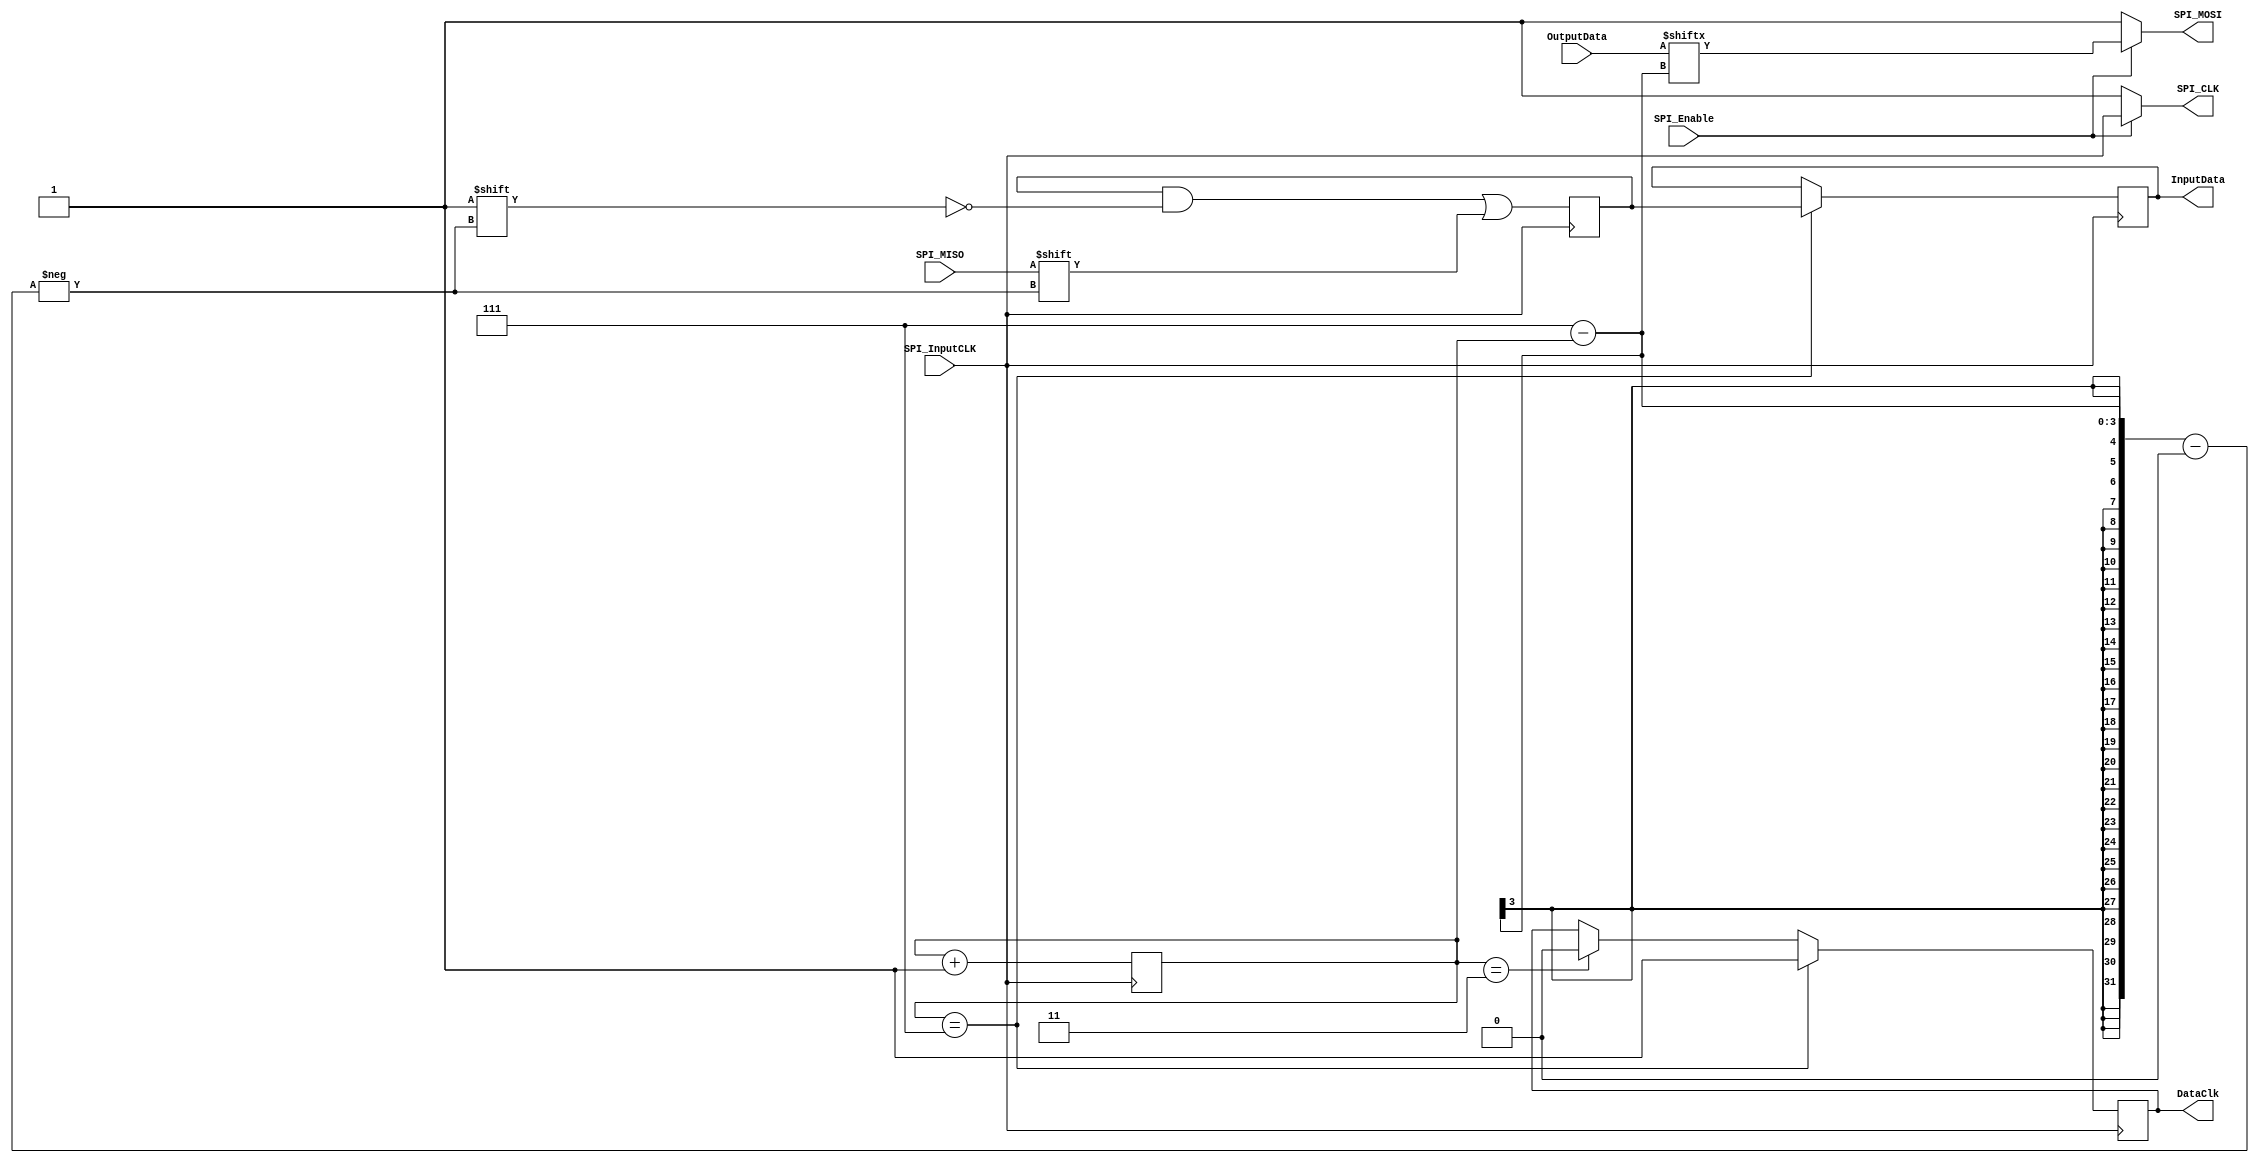
module FullSPI(
    output reg  [7:0] InputData,
    output reg        DataClk,    
    output wire       SPI_MOSI,
    output wire       SPI_CLK,
    input  wire [7:0] OutputData,
    input  wire       SPI_MISO,
    input  wire       SPI_InputCLK,
    input  wire       SPI_Enable
    );

    reg [2:0] count;
    reg [7:0] Data;

    initial begin 
        count=7; 
        DataClk=0;
    end

    always@(negedge SPI_InputCLK) begin
        
        if (count==7) begin   
            DataClk<=1;
            InputData<=Data;                        
        end else if (count==3) begin     
            DataClk<=0;
        end       

        count<=count+1;
        
    end

    always@(posedge SPI_InputCLK)begin

        Data[7-count]<=SPI_MISO;   
    end

    assign SPI_MOSI=(SPI_Enable)? OutputData[7-count]: 1;
    assign SPI_CLK=(SPI_Enable)? SPI_InputCLK : 1;

endmodule